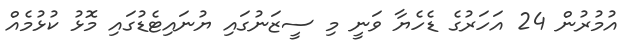
އުމުރުން 24 އަހަރުގެ ޑެހެޔާ ވަނީ މި ސީޒަނުގައި ޔުނައިޓެޑުގައި މޮޅު ކުޅުމެއް